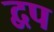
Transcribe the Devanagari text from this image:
द्वप